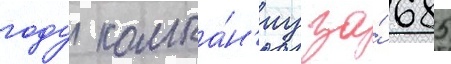
году компа́н'иу за́ 685